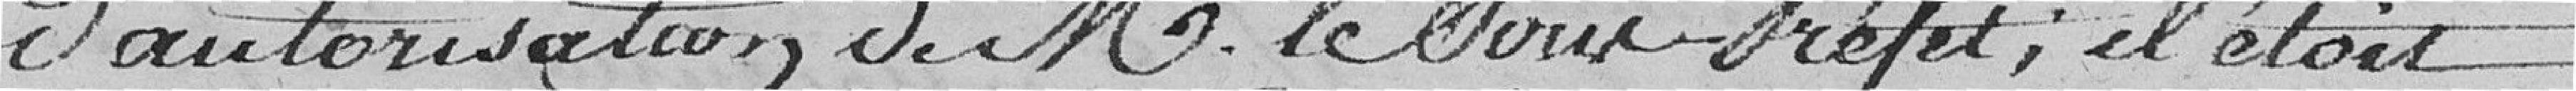
d'autorisation de Monsieur Le Sous-Préfet ; il était